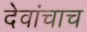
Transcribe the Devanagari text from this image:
देवांचाच